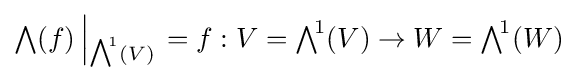
{\textstyle \bigwedge }(f)\left|_{{\textstyle \bigwedge }^{\!1}(V)}\right.=f:V={\textstyle \bigwedge }^{\!1}(V)\rightarrow W={\textstyle \bigwedge }^{\!1}(W)